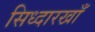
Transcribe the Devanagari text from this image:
सिध्दारखाँ